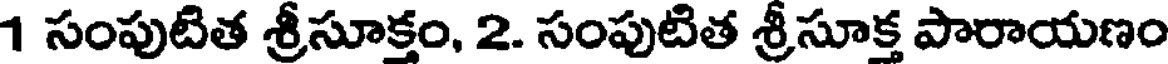
1 సంపుటిత శ్రీసూక్తం, 2. సంపుటిత శ్రీసూక్త పారాయణం